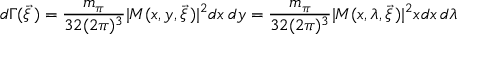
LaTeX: d \Gamma ( \vec { \xi } \, ) = \frac { m _ { \pi } } { 3 2 ( 2 \pi ) ^ { 3 } } | M ( x , y , \vec { \xi } \, ) | ^ { 2 } d x \, d y = \frac { m _ { \pi } } { 3 2 ( 2 \pi ) ^ { 3 } } | M ( x , \lambda , \vec { \xi } \, ) | ^ { 2 } x d x \, d \lambda